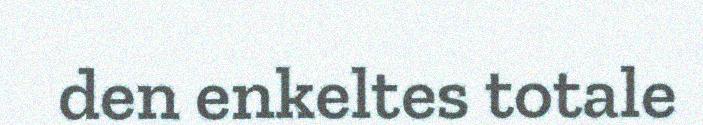
den enkeltes totale